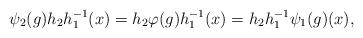
LaTeX: \begin{align*}\psi_2(g)h_2h_1^{-1}(x)=h_2\varphi(g)h_1^{-1}(x)=h_2h_1^{-1}\psi_1(g)(x),\end{align*}